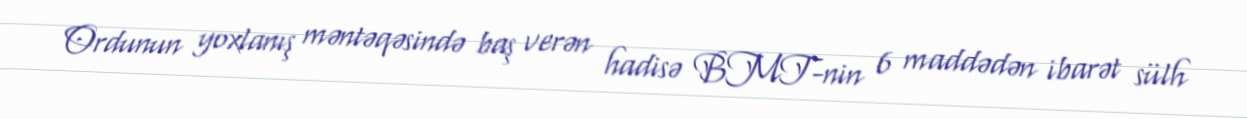
Ordunun yoxlanış məntəqəsində baş verən hadisə BMT-nin 6 maddədən ibarət sülh